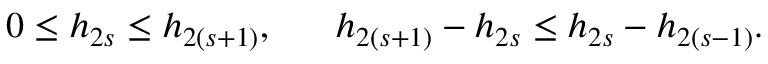
0 \leq h _ { 2 s } \leq h _ { 2 ( s + 1 ) } , ~ ~ ~ ~ ~ h _ { 2 ( s + 1 ) } - h _ { 2 s } \leq h _ { 2 s } - h _ { 2 ( s - 1 ) } .